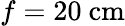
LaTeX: f=20~\textrm{cm}